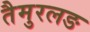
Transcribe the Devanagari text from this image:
तैमुरलङ